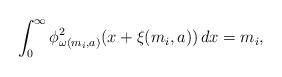
LaTeX: \begin{align*}\int_0^\infty \phi_{\omega(m_i,a)}^2(x+\xi(m_i,a)) \, dx = m_i,\end{align*}